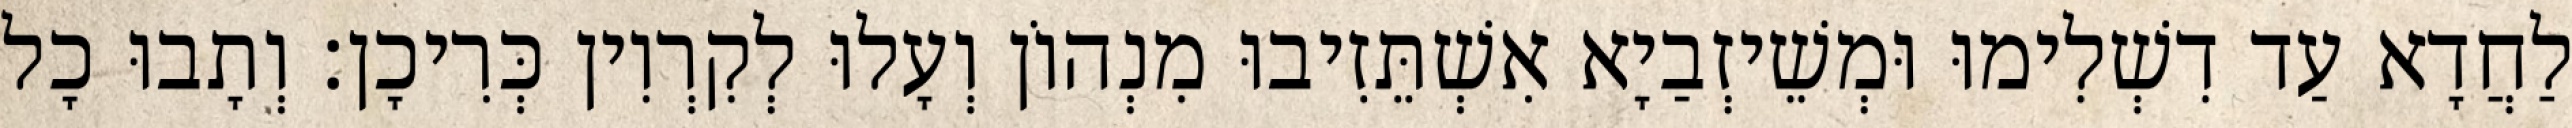
לַחֲדָא עַד דִשְׁלִימוּ וּמְשֵׁיזְבַיָא אִשְׁתֵּזִיבוּ מִנְהוֹן וְעָלוּ לְקִרְוִין כְּרִיכָן׃ וְתָבוּ כָל